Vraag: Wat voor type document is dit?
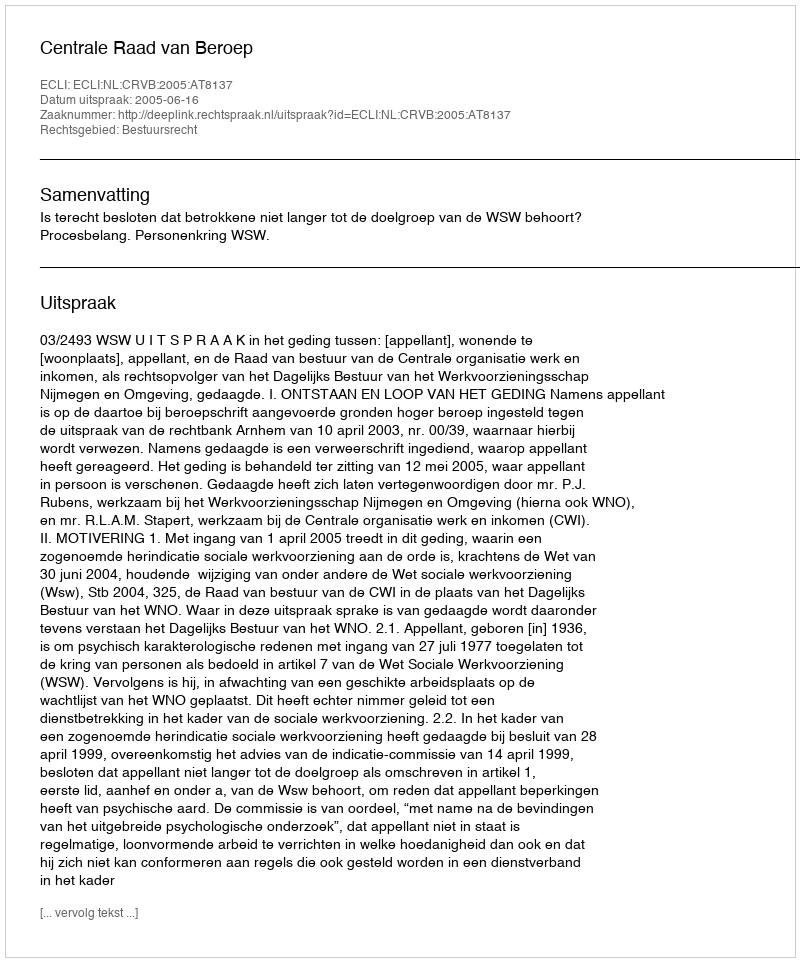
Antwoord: Uitspraak